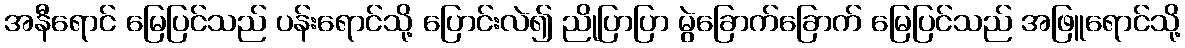
အနီရောင် မြေပြင်သည် ပန်းရောင်သို့ ပြောင်းလဲ၍ ညိုပြာပြာ မွဲခြောက်ခြောက် မြေပြင်သည် အဖြူရောင်သို့